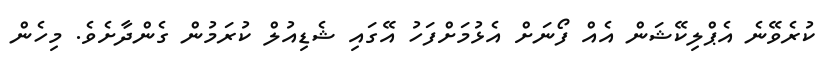
ކުރެވޭނެ އެޕްލިކޭޝަން އެއް ފޯނަށް އެޅުމަަށްފަހު އޭގައި ޝެޑިއުލް ކުރަމުން ގެންދާށެވެ. މިހެން